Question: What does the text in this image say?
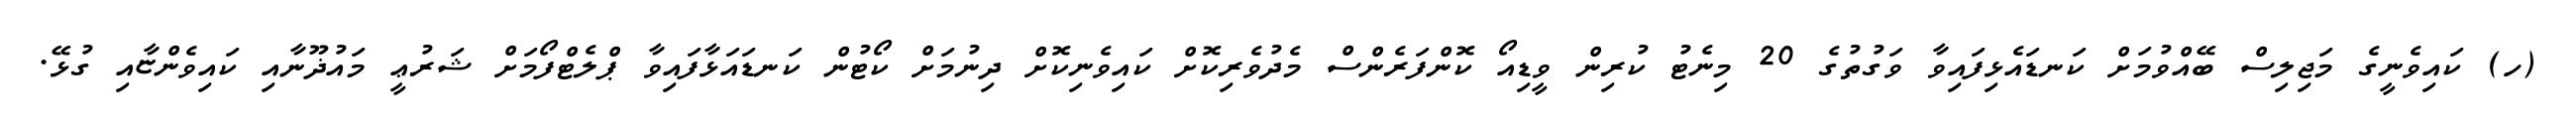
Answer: (ހ) ކައިވެނީގެ މަޖިލިސް ބޭއްވުމަށް ކަނޑައެޅިފައިވާ ވަގުތުގެ 20 މިނެޓު ކުރިން ވީޑިއޯ ކޮންފަރެންސް މެދުވެރިކޮށް ކައިވެނިކޮށް ދިނުމަށް ކޯޓުން ކަނޑައަޅާފައިވާ ޕްލެޓްފޯމަށް ޝަރުޢީ މައުޛޫނާއި ކައިވެންޏާއި ގުޅޭ.